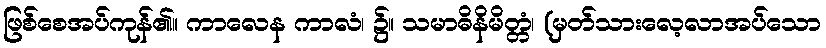
ဖြစ်စေအပ်ကုန်၏။ ကာလေန ကာလံ၊ ၌။ သမာဓိနိမိတ္တံ၊ (မှတ်သားလေ့လာအပ်သော